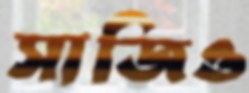
সাজিও